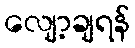
လျော့ချရန်